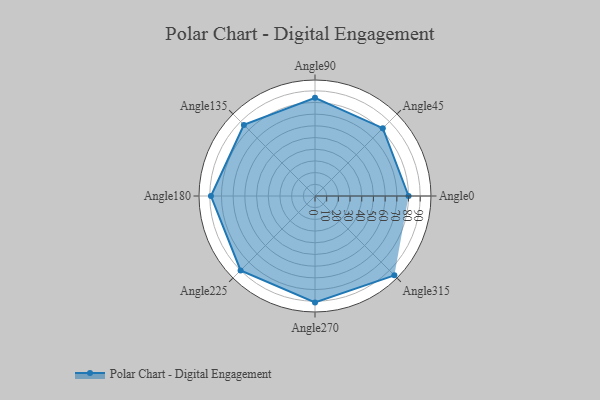
{"axis": {"x": "Angle", "y": "Radius"}, "legend": [""], "data": [{"x": "Angle0", "y": 80.0, "type": ""}, {"x": "Angle45", "y": 82.0, "type": ""}, {"x": "Angle90", "y": 84.0, "type": ""}, {"x": "Angle135", "y": 86.0, "type": ""}, {"x": "Angle180", "y": 89.0, "type": ""}, {"x": "Angle225", "y": 90.0, "type": ""}, {"x": "Angle270", "y": 91.0, "type": ""}, {"x": "Angle315", "y": 96.0, "type": ""}]}